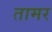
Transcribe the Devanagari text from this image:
तामर